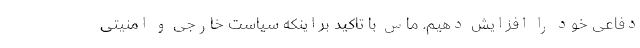
دفاعی خود را افزایش دهیم. ماس با تاکید براینکه سیاست خارجی و امنیتی